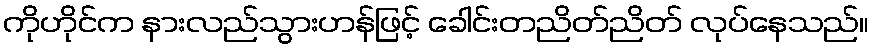
ကိုဟိုင်က နားလည်သွားဟန်ဖြင့် ခေါင်းတညိတ်ညိတ် လုပ်နေသည်။